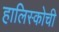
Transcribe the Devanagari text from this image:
हालिस्कोची